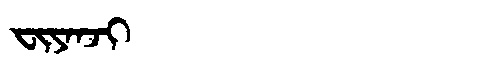
Manchu: ᠸᡳᠶᠠᠨᠵᡳ
Romanization: FIYANJI